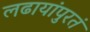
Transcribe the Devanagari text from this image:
लढायांपुरतं